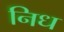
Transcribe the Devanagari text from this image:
निध